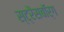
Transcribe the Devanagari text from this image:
स्ट्रैसबॉर्ग